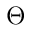
\Theta